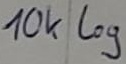
Text: 10k log